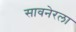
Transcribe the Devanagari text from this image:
सावनेरला